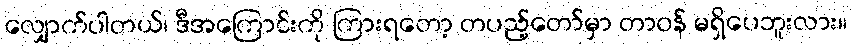
လျှောက်ပါတယ်၊ ဒီအကြောင်းကို ကြားရတော့ တပည့်တော်မှာ တာဝန် မရှိပေဘူးလား။